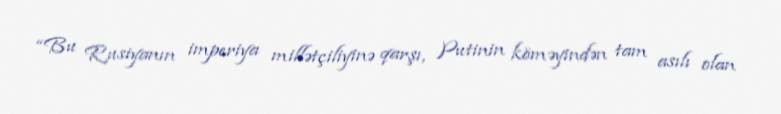
“Bu Rusiyanın imperiya millətçiliyinə qarşı, Putinin köməyindən tam asılı olan